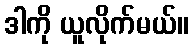
ဒါကို ယူလိုက်မယ်။